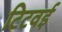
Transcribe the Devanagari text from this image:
टिटवई